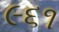
૯૬૧